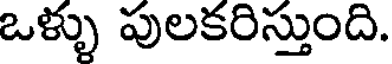
ఒళ్ళు పులకరిస్తుంది.